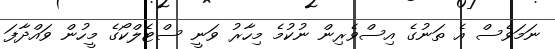
ނަމަވެސް އެ ތަނުގެ އިސްވެރިން ނުކުމެ މިހާރު ވަނީ ސްޓެލްކޯގެ މީހުން ވައްދާފަ